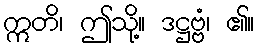
ဣတိ၊ ဤသို့။ ဒဋ္ဌဗ္ဗံ၊ ၏။